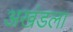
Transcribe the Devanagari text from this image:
अखंडला